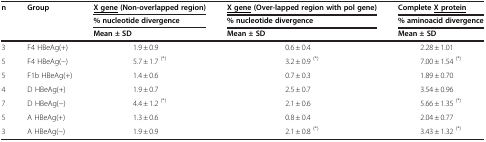
| <ROWSPAN=3> n | <ROWSPAN=3> Group | <underline>X gene</underline>(Non-overlapped region) | <underline>X gene</underline>(Over-lapped region with pol gene) | Complete<underline>X protein</underline> |
 | % nucleotide divergence | % nucleotide divergence | % aminoacid divergence |
 | Mean ± SD | Mean ± SD | Mean ± SD |
 | --- | --- | --- | --- | --- |
 | 3 | F4 HBeAg(+) | 1.9 ± 0.9 | 0.6 ± 0.4 | 2.28 ± 1.01 |
 | 5 | F4 HBeAg(−) | 5.7 ± 1.7 (*) | 3.2 ± 0.9 (*) | 7.00 ± 1.54 (*) |
 | 5 | F1b HBeAg(+) | 1.4 ± 0.6 | 0.7 ± 0.3 | 1.89 ± 0.70 |
 | 4 | D HBeAg(+) | 1.9 ± 0.7 | 2.5 ± 0.7 | 3.54 ± 0.96 |
 | 7 | D HBeAg(−) | 4.4 ± 1.2 (*) | 2.1 ± 0.6 | 5.66 ± 1.35 (*) |
 | 5 | A HBeAg(+) | 1.3 ± 0.6 | 0.8 ± 0.4 | 2.04 ± 0.77 |
 | 3 | A HBeAg(−) | 1.9 ± 0.9 | 2.1 ± 0.8 (*) | 3.43 ± 1.32 (*) |